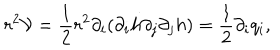
LaTeX: r ^ { 2 } { \mathcal { V } } = \frac { 1 } { 2 } r ^ { 2 } \partial _ { i } ( \partial _ { i } h \partial _ { j } \partial _ { j } h ) = \frac { 1 } { 2 } \partial _ { i } q _ { i } ,